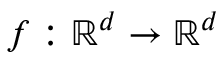
f : \mathbb { R } ^ { d } \to \mathbb { R } ^ { d }